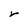
Character: r